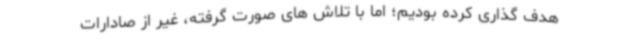
هدف گذاری کرده بودیم؛ اما با تلاش های صورت گرفته، غیر از صادارات